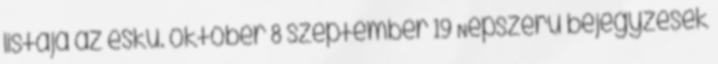
listája az eskü. október 8 szeptember 19 Népszerű bejegyzések